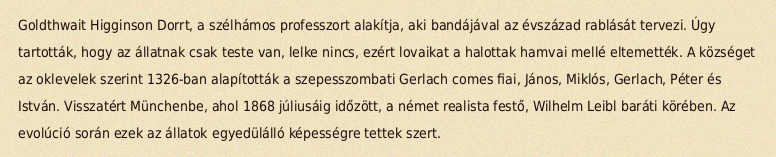
Goldthwait Higginson Dorrt, a szélhámos professzort alakítja, aki bandájával az évszázad rablását tervezi. Úgy tartották, hogy az állatnak csak teste van, lelke nincs, ezért lovaikat a halottak hamvai mellé eltemették. A községet az oklevelek szerint 1326-ban alapították a szepesszombati Gerlach comes fiai, János, Miklós, Gerlach, Péter és István. Visszatért Münchenbe, ahol 1868 júliusáig időzött, a német realista festő, Wilhelm Leibl baráti körében. Az evolúció során ezek az állatok egyedülálló képességre tettek szert.